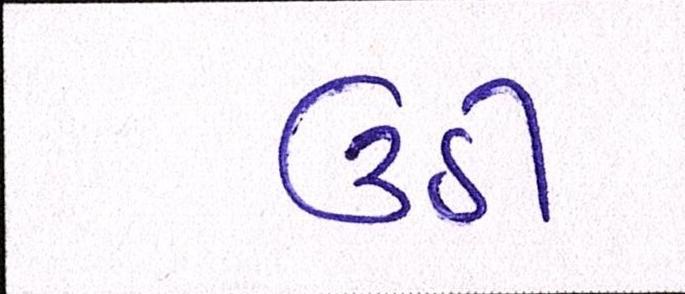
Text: ઉઠી